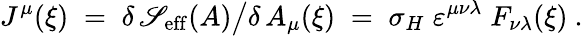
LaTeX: J^{\mu}(\xi)\; =\; \delta\, \mathscr{S}_{\mathrm{{eff}}}(A)\big/\delta\, A_{\mu}(\xi)\; =\; \sigma_{H}\; \varepsilon^{\mu\nu\lambda}\; F_{\nu\lambda}(\xi)~.